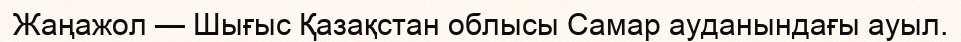
Жаңажол — Шығыс Қазақстан облысы Самар ауданындағы ауыл.